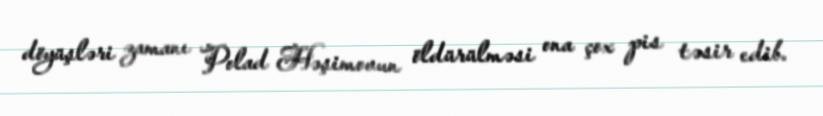
döyüşləri zamanı Polad Həşimovun öldürülməsi ona çox pis təsir edib.